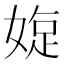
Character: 𡟐